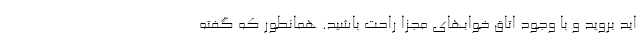
اید بروید و با وجود اتاق خوابهای مجزا راحت باشید. همانطور که گفته